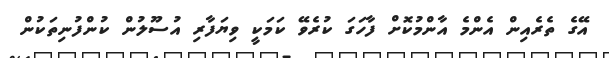
އޭގެ ތެރެއިން އެންމެ އާންމުކޮށް ފާހަގަ ކުރެވޭ ކަމަކީ ވިޔަފާރި އުސޫލުން ކުންފުނިތަކުން